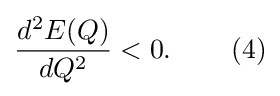
{\frac {d^{2}E(Q)}{dQ^{2}}}<0.\,\,\,\,\,\,\,\,\,\,\,\,\,(4)